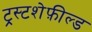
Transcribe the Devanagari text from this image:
ट्रस्टशेफ़ील्ड